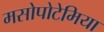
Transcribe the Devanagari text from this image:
मसोपोटेमिया